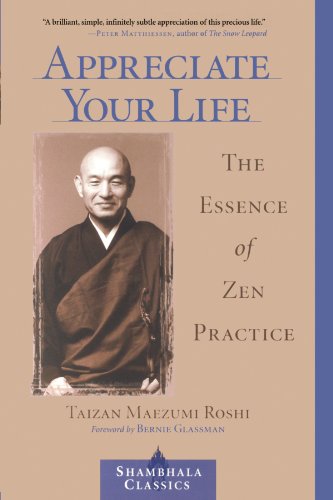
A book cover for Appreciate Your Life: The Essence of Zen Practice (Shambhala Classics); Taizan Maezumi; Religion & Spirituality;